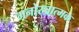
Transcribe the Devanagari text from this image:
मनोरञ्जात्मक